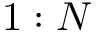
1 : N